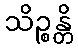
သိဉ္စန္တိ